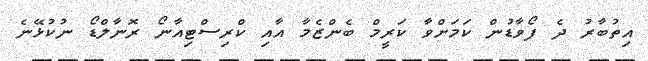
އިތުބާރު ދެ ފޯވާޑުން ކަމަށްވާ ކަރީމް ބެންޒެމާ އާއި ކްރިސްޓިއާނޯ ރޮނާލްޑޯ ނުކުޅޭނެ